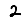
Digit: 2